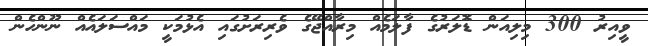
ވީއިރު 300 މިލިއަން ޑޮލަރުގެ ފާލަމެއް މިރާއްޖޭގެ ވެރިރަށުގައި އެޅުމަކީ މައްސަލައެއް ނޫންހެން